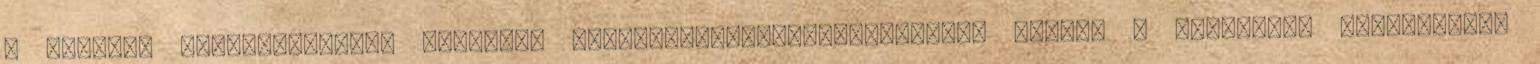
a Mogador fantázianévvel illetett tejcsokoládé-passiógyümölcs páros, a kollekció jellegzetes